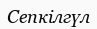
Сепкілгүл